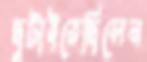
ছুটাইতেছিলেন